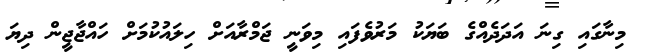
މިނާގައި ގިނަ އަދަދެއްގެ ބަޔަކު މަރުވެފައި މިވަނީ ޖަމްރާއަށް ހިލައުކުމަށް ހައްޖާޖީން ދިޔަ